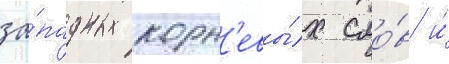
за́падных корн'евы́х сло́в и́